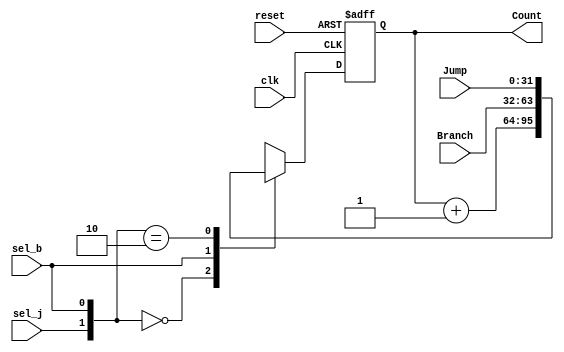
`timescale 1ns / 1ps
//////////////////////////////////////////////////////////////////////////////////
// Company: 
// Engineer: 
// 
// Design Name: 
// Module Name: PC
// Project Name: 
// Target Devices: 
// Tool Versions: 
// Description: 
// 
// Dependencies: 
// 
// Revision:
// Revision 0.01 - File Created
// Additional Comments:
// 
//////////////////////////////////////////////////////////////////////////////////


module PC(
    output reg[31:0] Count,
    input [31:0] Jump,
    input [31:0] Branch,
    input sel_j,
    input sel_b,
    input clk,
    input reset
    );
    wire [1:0] sel = {sel_j, sel_b};
    always@(posedge clk, posedge reset)
    begin
        if (reset)
            Count <= 0;  // start the program from the beginning
        else
            begin
                casex(sel)
                2'b00:  Count <= Count + 1; // regular proceed
                2'bx1:  Count <= Branch;    // next PC branch
                2'b10:  Count <= Jump;      // next PC jump
                default:    Count <= Count + 1;
                endcase
            end
    end
endmodule